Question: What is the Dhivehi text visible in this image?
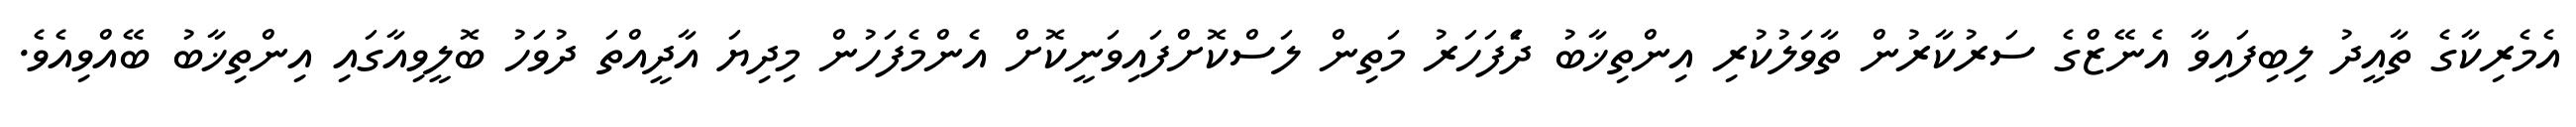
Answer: އެމެރިކާގެ ތާއީދު ލިބިފައިވާ އެނޭޒްގެ ސަރުކާރުން ތާވަލުކުރި އިންތިޚާބު ދެަފަހަރު މަތިން ލަސްކޮށްފައިވަނީކޮށް އެންމެފަހުން މިދިޔަ އާދީއްތަ ދުވަހު ބޮލީވިއާގައި އިންތިޚާބު ބޭއްވިއެވެ.